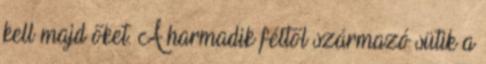
kell majd őket. A harmadik féltől származó sütik a